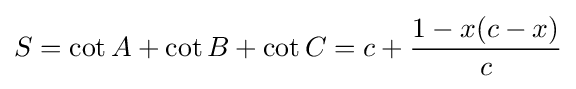
S=\cot A+\cot B+\cot C=c+{\frac {1-x(c-x)}{c}}